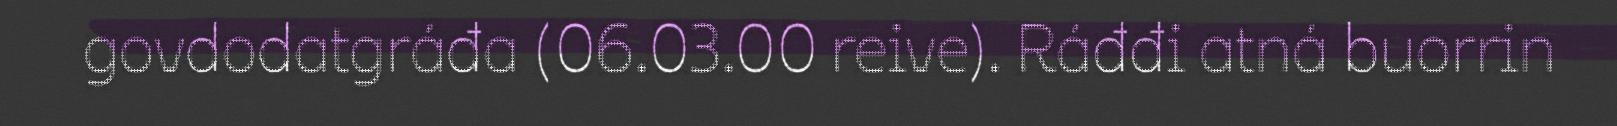
govdodatgráđa (06.03.00 reive). Ráđđi atná buorrin